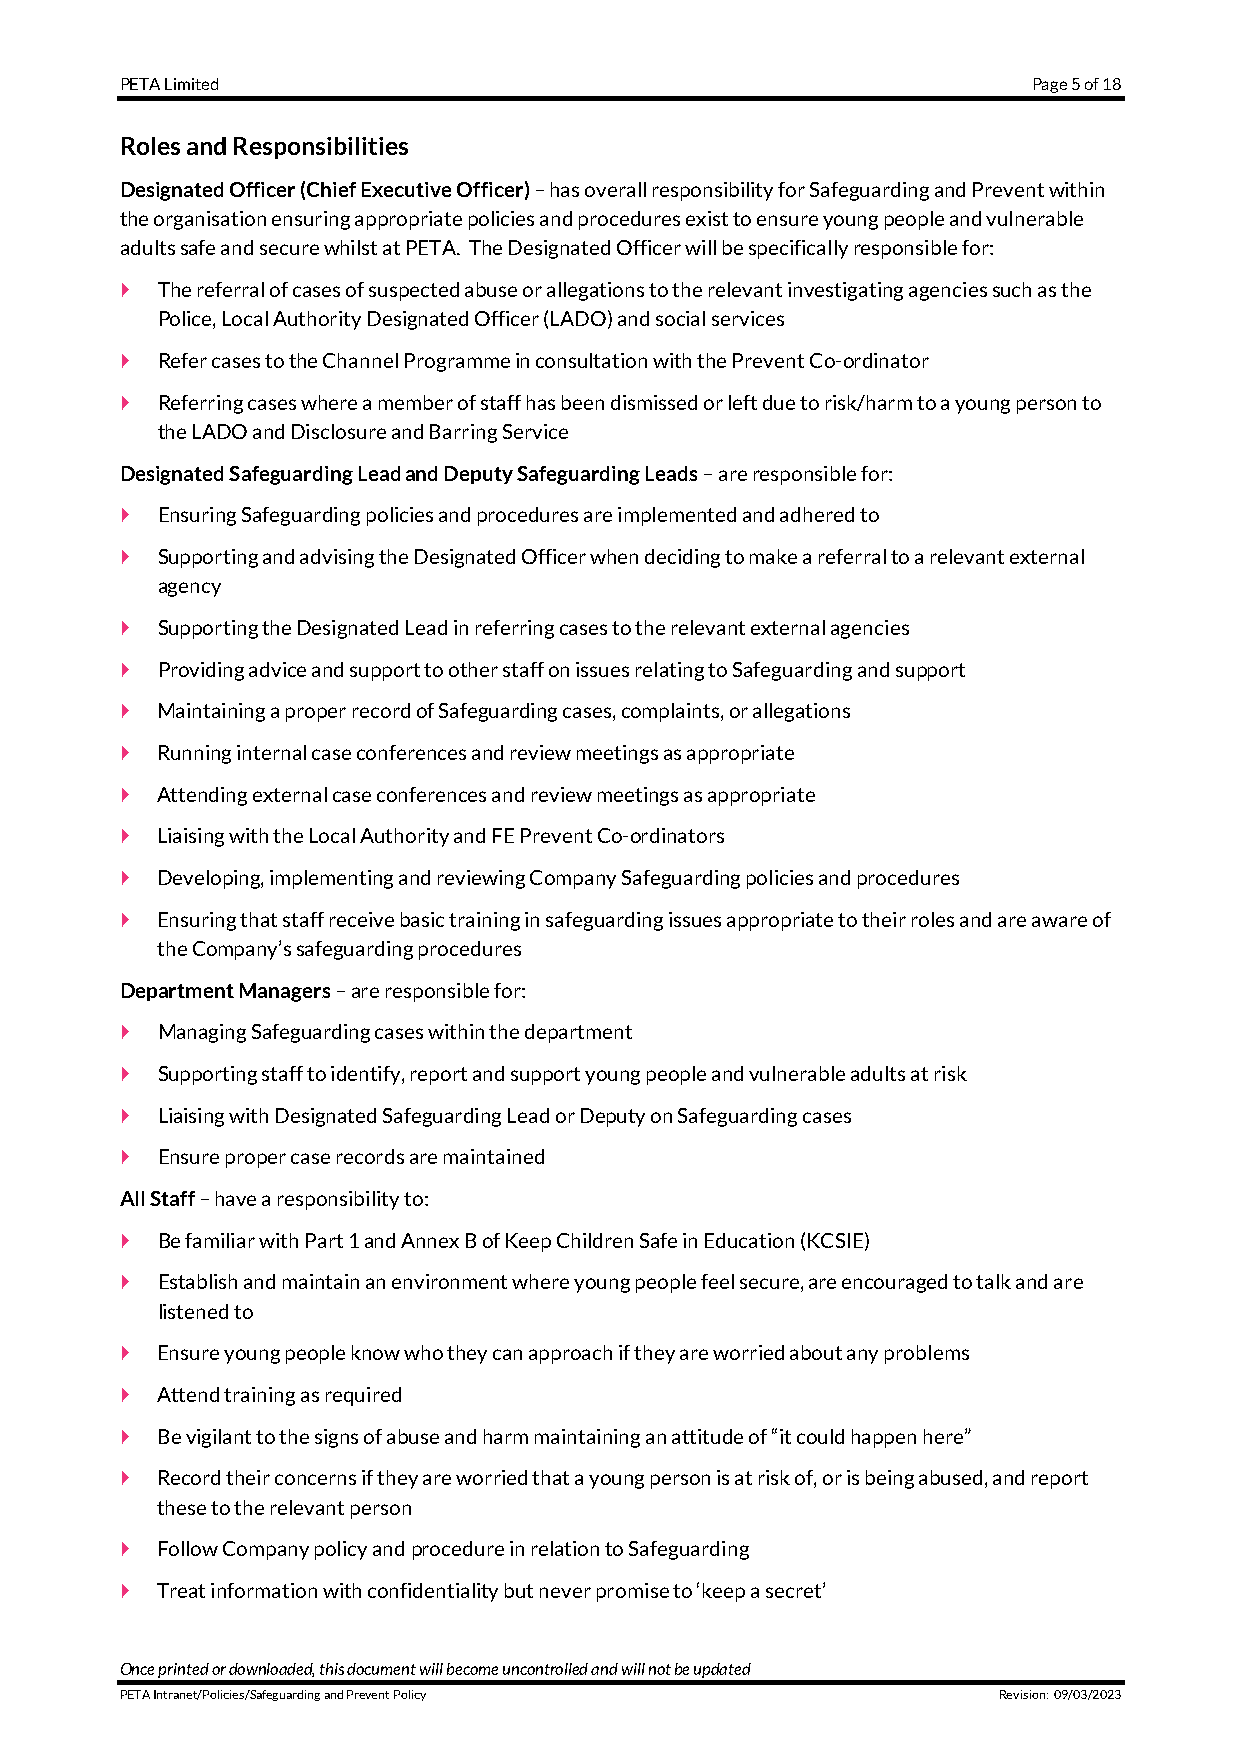
PETA Limited                                                Page 5 of 18
 Roles and Responsibilities
 Designated Officer (Chief Executive Officer) – has overall responsibility for Safeguarding and Prevent within
 the organisation ensuring appropriate policies and procedures exist to ensure young people and vulnerable
 adults safe and secure whilst at PETA. The Designated Officer will be specifically responsible for:
  The referral of cases of suspected abuse or allegations to the relevant investigating agencies such as the
 Police, Local Authority Designated Officer (LADO) and social services
  Refer cases to the Channel Programme in consultation with the Prevent Co-ordinator
  Referring cases where a member of staff has been dismissed or left due to risk/harm to a young person to
 the LADO and Disclosure and Barring Service
 Designated Safeguarding Lead and Deputy Safeguarding Leads – are responsible for:
  Ensuring Safeguarding policies and procedures are implemented and adhered to
  Supporting and advising the Designated Officer when deciding to make a referral to a relevant external
 agency
  Supporting the Designated Lead in referring cases to the relevant external agencies
  Providing advice and support to other staff on issues relating to Safeguarding and support
  Maintaining a proper record of Safeguarding cases, complaints, or allegations
  Running internal case conferences and review meetings as appropriate
  Attending external case conferences and review meetings as appropriate
  Liaising with the Local Authority and FE Prevent Co-ordinators
  Developing, implementing and reviewing Company Safeguarding policies and procedures
  Ensuring that staff receive basic training in safeguarding issues appropriate to their roles and are aware of
 the Company’s safeguarding procedures
 Department Managers – are responsible for:
  Managing Safeguarding cases within the department
  Supporting staff to identify, report and support young people and vulnerable adults at risk
  Liaising with Designated Safeguarding Lead or Deputy on Safeguarding cases
  Ensure proper case records are maintained
 All Staff – have a responsibility to:
  Be familiar with Part 1 and Annex B of Keep Children Safe in Education (KCSIE)
  Establish and maintain an environment where young people feel secure, are encouraged to talk and are
 listened to
  Ensure young people know who they can approach if they are worried about any problems
  Attend training as required
  Be vigilant to the signs of abuse and harm maintaining an attitude of “it could happen here”
  Record their concerns if they are worried that a young person is at risk of, or is being abused, and report
 these to the relevant person
  Follow Company policy and procedure in relation to Safeguarding
  Treat information with confidentiality but never promise to ‘keep a secret’
 Once printed or downloaded, this document will become uncontrolled and will not be updated
 PETA Intranet/Policies/Safeguarding and Prevent Policy    Revision: 09/03/2023